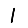
Digit: 1